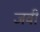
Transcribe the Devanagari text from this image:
जवी